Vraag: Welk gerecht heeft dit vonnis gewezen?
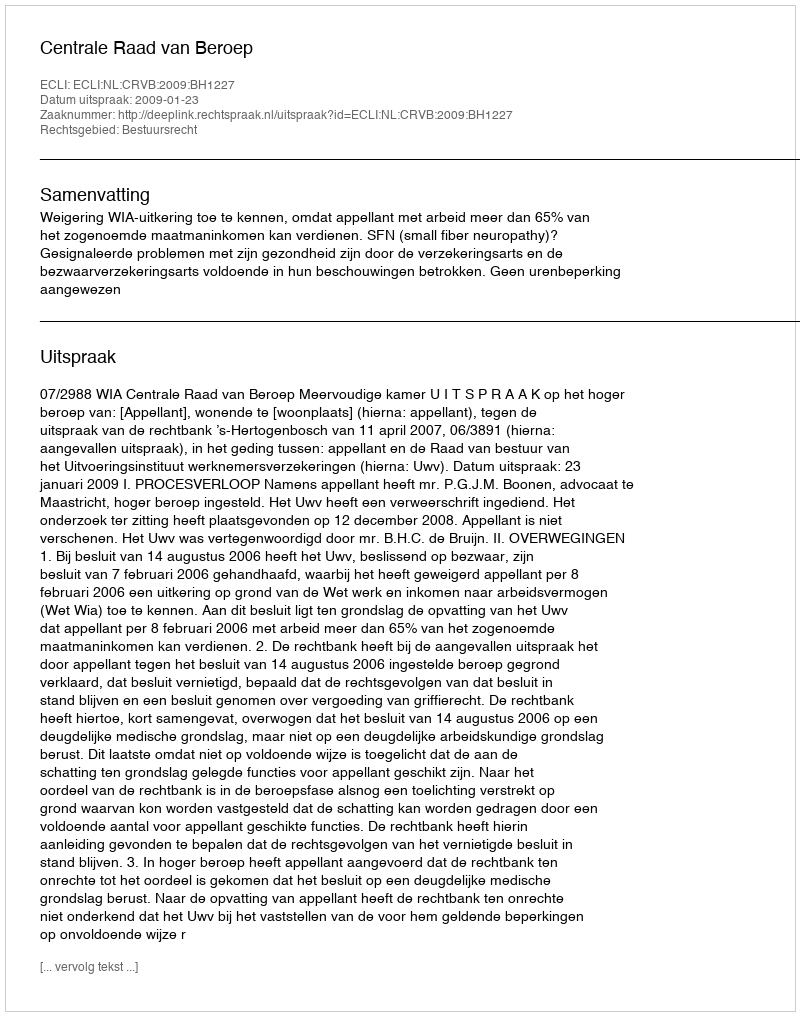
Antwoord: Centrale Raad van Beroep